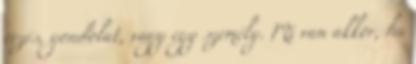
érzés, gondolat, vagy egy személy. Mi van akkor, ha